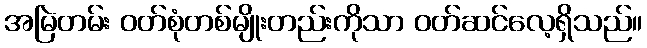
အမြဲတမ်း ဝတ်စုံတစ်မျိုးတည်းကိုသာ ဝတ်ဆင်လေ့ရှိသည်။